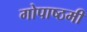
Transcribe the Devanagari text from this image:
गोपाष्ठमी